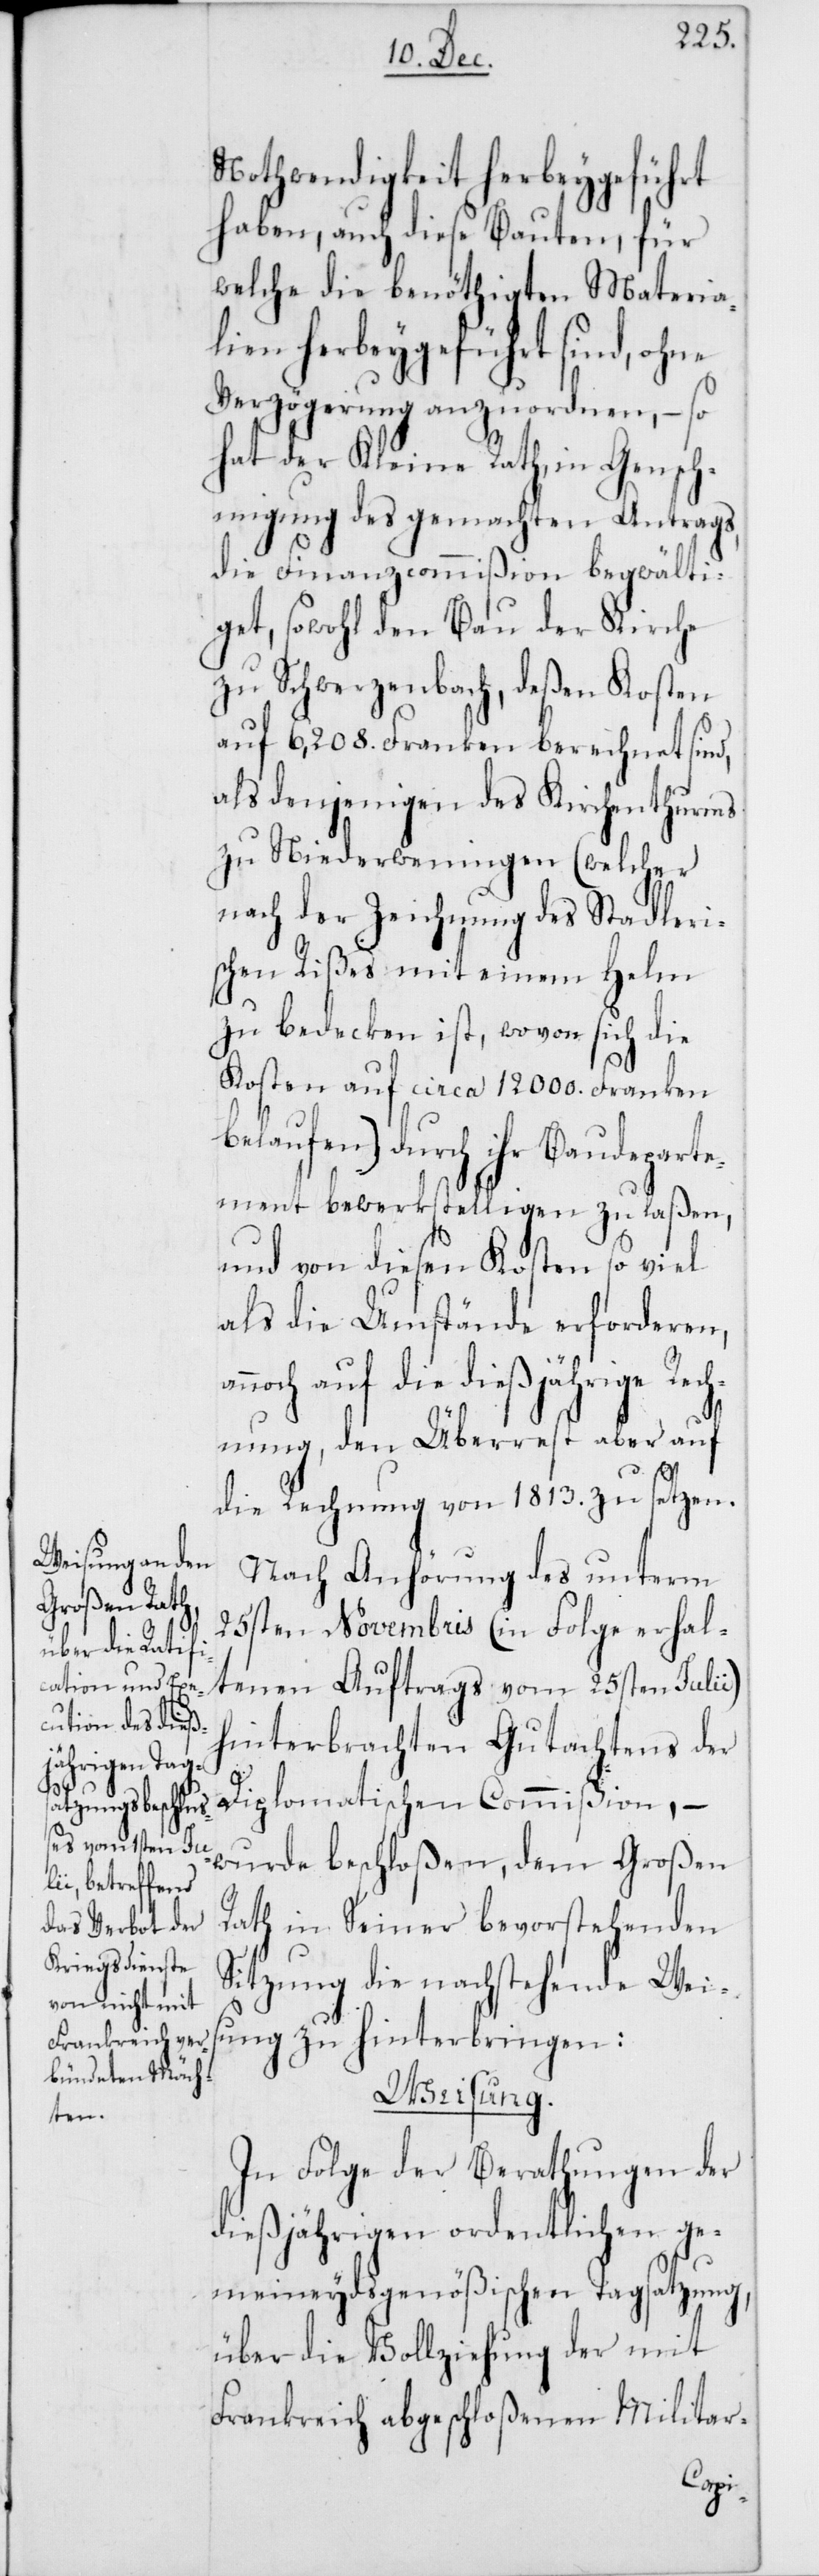
Nothwendigkeit herbeygeführt
haben, auch diese Bauten, für
welche die benöthigten Materia¬
lien herbeygeführt sind, ohne
Verzögerung anzuordnen, – so
hat der Kleine Rath, in Geneh¬
migung des gemachten Antrags,
die Finanzcommißion begwälti¬
get, sowohl den Bau der Ki¬
zu Schwerzenach, deßen
ann¬
auf 6,208. Franken berec¬
Sta¬
als denjenigen des Kirch¬
enthurms
zu Niederweningen
nach der Zeichnung des
dleri¬
schen Rißes mit einem He¬
zu bedecken ist, wovon sich die
Kosten auf circa 12 000. Franken
belaufen) durch ihr Baudeparte¬
ment bewerkstelligen zu laßen,
und von diesen Kosten so viel
als die Umstände erforderen,
och auf die dießjährige Rec¬
hnung, den Überrest aber auf
die Rechnung von 1813. zu setzen.
Nach Anhörung des unterm
25sten Novembris (in Folge erhal¬
tenen Auftrags vom 25sten Julii)
hinterbrachten Gutachtens der
Diplomatischen Commißion, –
wurde beschloßen, dem Großen
lm
Rath in Seiner bevorstehenden
Sitzung die nachstehende Weis¬
ung zu hinterbringen:
Weisung.
In Folge der Berathungen der
dießjährigen ordentlichen ge¬
meineydsgenößischen Tagsatzung,
über die Vollziehung der mit
Frankreich abgeschloßenen Militar-